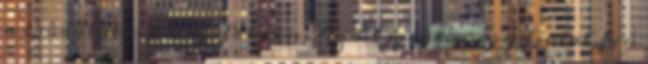
a csodálatos pálmafákban Az út mentén egy fiatal fiú